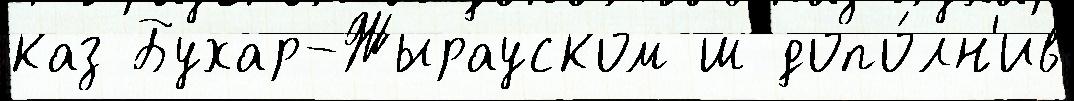
каз Бухар-Жырауском ш допо́лн'ив